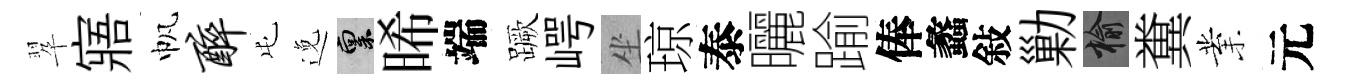
翆寤帆醉屯𨓜禀晞端蹶崿坐琼泰曬踰俸蠡敍勦榆糞業元